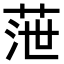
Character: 𦲉